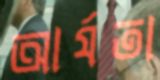
আর্যতা